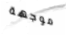
موجهة